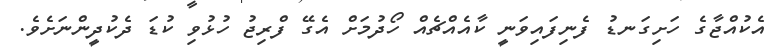
އެކުއްޖާގެ ހަށިގަނޑު ފެނިފައިވަނީ ކާއެއްޗެއް ހޯދުމަށް އެގޭ ފްރިޖު ހުޅުވި ކުޑަ ދެކުދީންނަށެވެ.